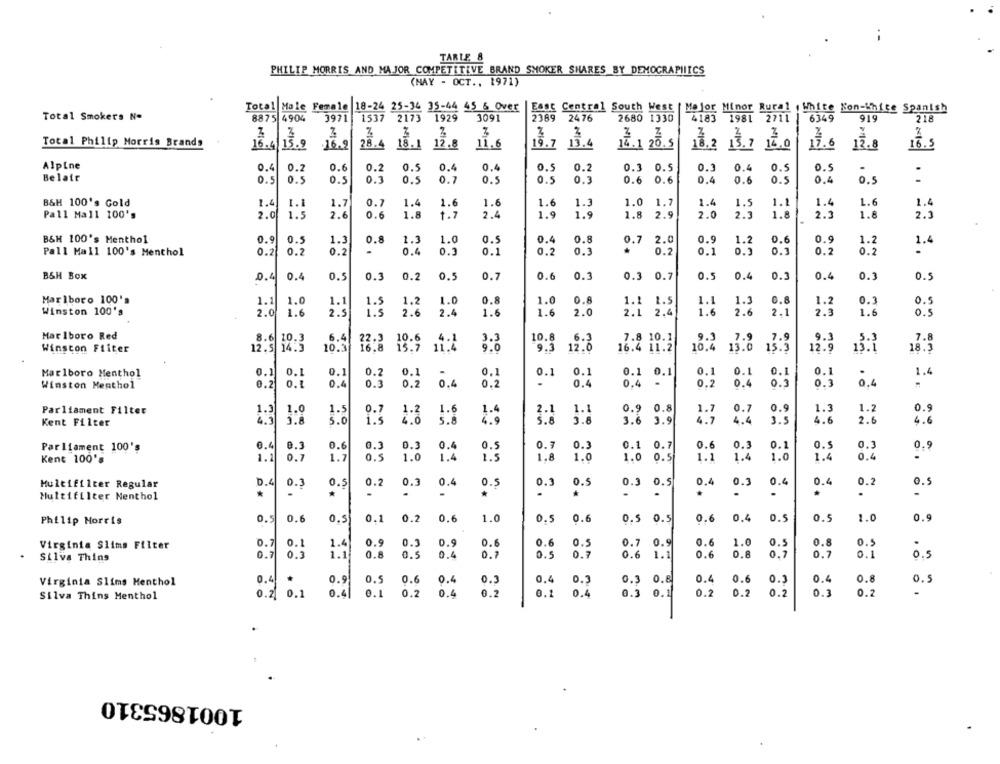
TARLE 8
PHILIP MORRIS AND MAJOR COMPETITIVE BRAND SMOKER SHARES BY DEMOGRAPHICS
(NAY - OCT ., 1971)
Total Male Female 18-24 25-34 35-44 45 6 Over
East Central South West | Mejor Minor Rural , White Kon-White Spanish
Total Smokers No
8875 4904
3971
1537 2173 1929
3091
2389
2476
2680 1330
4183 1981 2711
6349
919
218
3
2
Total Philip Morris Brands
16.4/15.9
16.9
28.4
18.1
12.8
11.6
19.7
13.4
14.1
5.5
NIC
18.2 13.7
12.0
12.8
16.5
Alpine
0.4
0.2
0.6
0.2
0.5
0.4
0.4
0.5
0.2
0.3 0.5
0.3
0.4
0.5
0.5
Belair
0.5
0.5
0.5
0.3
0.5
0.7
0.5
0.5
0.3
0.6 0.6
0.4
0.6
0.5
0.4
0.5
B&H 100's Gold
1.4
1.1
1.7
0.7
1.4
1.6
1.6
1.6
1.3
1.0
1.7
1.4
1.5
1.1
1.4
1.6
1.4
Pall Mall 100's
2.0
2.6
0.6
1.8
1.7
2.4
1.9
1.9
1.8 2.9
2.0
1.8
2.3
1.8
2.3
1.5
1.8
2.3
B&H 100's Menthol
0.9
0.5
1.3
0.8
1.3
1.0
0.5
0.4
0.8
0.7
2.0
0.9
1.2
0.6
0.9
1.2
1.4
Pall Mall 100's Menthol
0.2
0.2
0.2
-
0.4
0.3
0.1
0.2
0.3
0.2
0.1
0.3
0.2
0.2
B&H Box
0.3
0.2
0.5
0.7
0.6
0.3
0.3 0.7
0.5
0.4
0.3
0.5
0.4
0.4
0.5
0.4
0.3
Marlboro 100's
0.3
1.1
1.0
1.1
1.5
1.2
1.0
0.8
1.0
0.8
1.1
1.5
1.1
1.3
0.8
1.2
0.5
Winston 100's
2.0
1.6
2.5
1.5
2.6
2.4
1.6
1.6
2.0
2.1 2.4
1.6
2.6
2.1
2.3
1.6
0.5
Marlboro Red
10.6
7.8 10.1
9.3
7.8
6.4
6.4 22.3
9.3
7.9
Winston Fiiter
12.9
10.3
16.8
15.7
11.4
19:3
12:0
16.4 11.2
10.4 13.0
13.6
15:3
12:5
18.3
Marlboro Menthol
0.1
0.
0.1
0.2
0.1
0.1
0.1
0.1
0.1
0.1
0.1
0.1
1.4
0,4
0,4
0.1 0.1
0.3
0,4
Winston Menthol
0.2
0.4
0.4
0.3
0.2
0.2
0,4
0,2
0.4
0.3
Parliament Filter
1.5
0.
1.6
2.1
0.9
0.8
1.7
0.7
0.9
1.3
1.2
0.9
i.s
5.8
4.9
5.6
3.6
4.7
4.4
3.5
4.6
2.6
4.6
Kent Filter
5.0
3.6 3.9
0.6
0.6
0.1
0.5
0.3
Parliament 100's
0.4
0.3
0.3
0.3
0.4
0.5
0.7
0.3
0.1
0.7
0.3
0.9
Kene 100's
1.2
0.7
1.7
0.5
1.0
1.4
1.
1.8
1.0
1.0
1.0 0.5
1.1
1.0
1.4
0.4
D.4
0.2
0.3
0.4
0.2
Multifilter Regular
0.3
0.5
0.3
0.4
0.5
0.3
0.5
0.3
0.3 0.5
0.5
0.4
0.4
0.5
Multifilter Nenthol
*
.
-
.
.
.
.
Philip Morris
0.5
0.6
0.5
0.1
0.2
0.6
1.0
0.5
0.6
0.5 0.5
0.6
0.4
0.5
0.5
1.0
0.9
0.9
0.3
D.9
0.6
0.6
0.5
0.7
0.9
0.6
0.8
0.5
Virginia Slims Filter
0.7
0.1
1.4
1.0
0.5
Silva Thing
0.7
0.3
1.1
0.8
0.5
0.4
0.7
0.5
0.7
0.6
1.1
0.6
0.8
0.7
0.7
0.1
0.5
0.4
*
0.9
0.5
0.6
0.4
0.3
0.4
0.3
0.3
0.8
0.4
0.6
0.3
0.4
0.8
0.5
Virginia Slims Menthol
Silva Thing Menthol
0.2
0.1
0.4
0.1
0.2
0.4
0.2
0.1
0.4
0.3
0.1
0.2
0.2
0.2
0.3
0.2
1001865310